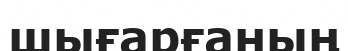
шығарғаның